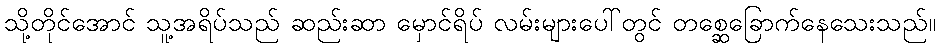
သို့တိုင်အောင် သူ့အရိပ်သည် ဆည်းဆာ မှောင်ရိပ် လမ်းများပေါ်တွင် တစ္ဆေခြောက်နေသေးသည်။